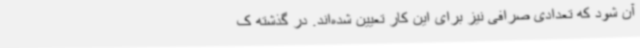
آن شود که تعدادی صرافی نیز برای این کار تعیین شده‌اند. در گذشته ک